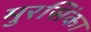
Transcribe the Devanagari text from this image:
मुरसिंका